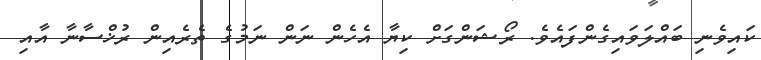
ކައިވެނި ބައްލަވައިގެންފައެވެ. ރޯޝަންގަށް ކިޔާ އެހެން ނަން ނަމުގެ ތެރެއިން ރުޚްސާނާ އާއި